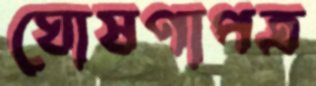
ঘোষণাপত্র